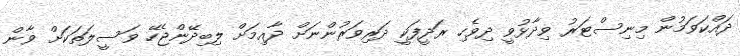
ދައްކަވަމުން މިނިސްޓަރު ވިދާޅުވީ ދިވެހި ރަދީފަކީ ދަރިވަރުންނަށް ދާއިމަށް ލިބިދޭންޖެހޭ ވަސީލަތަކަށް ވާން